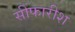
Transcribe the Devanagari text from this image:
सीफारीश